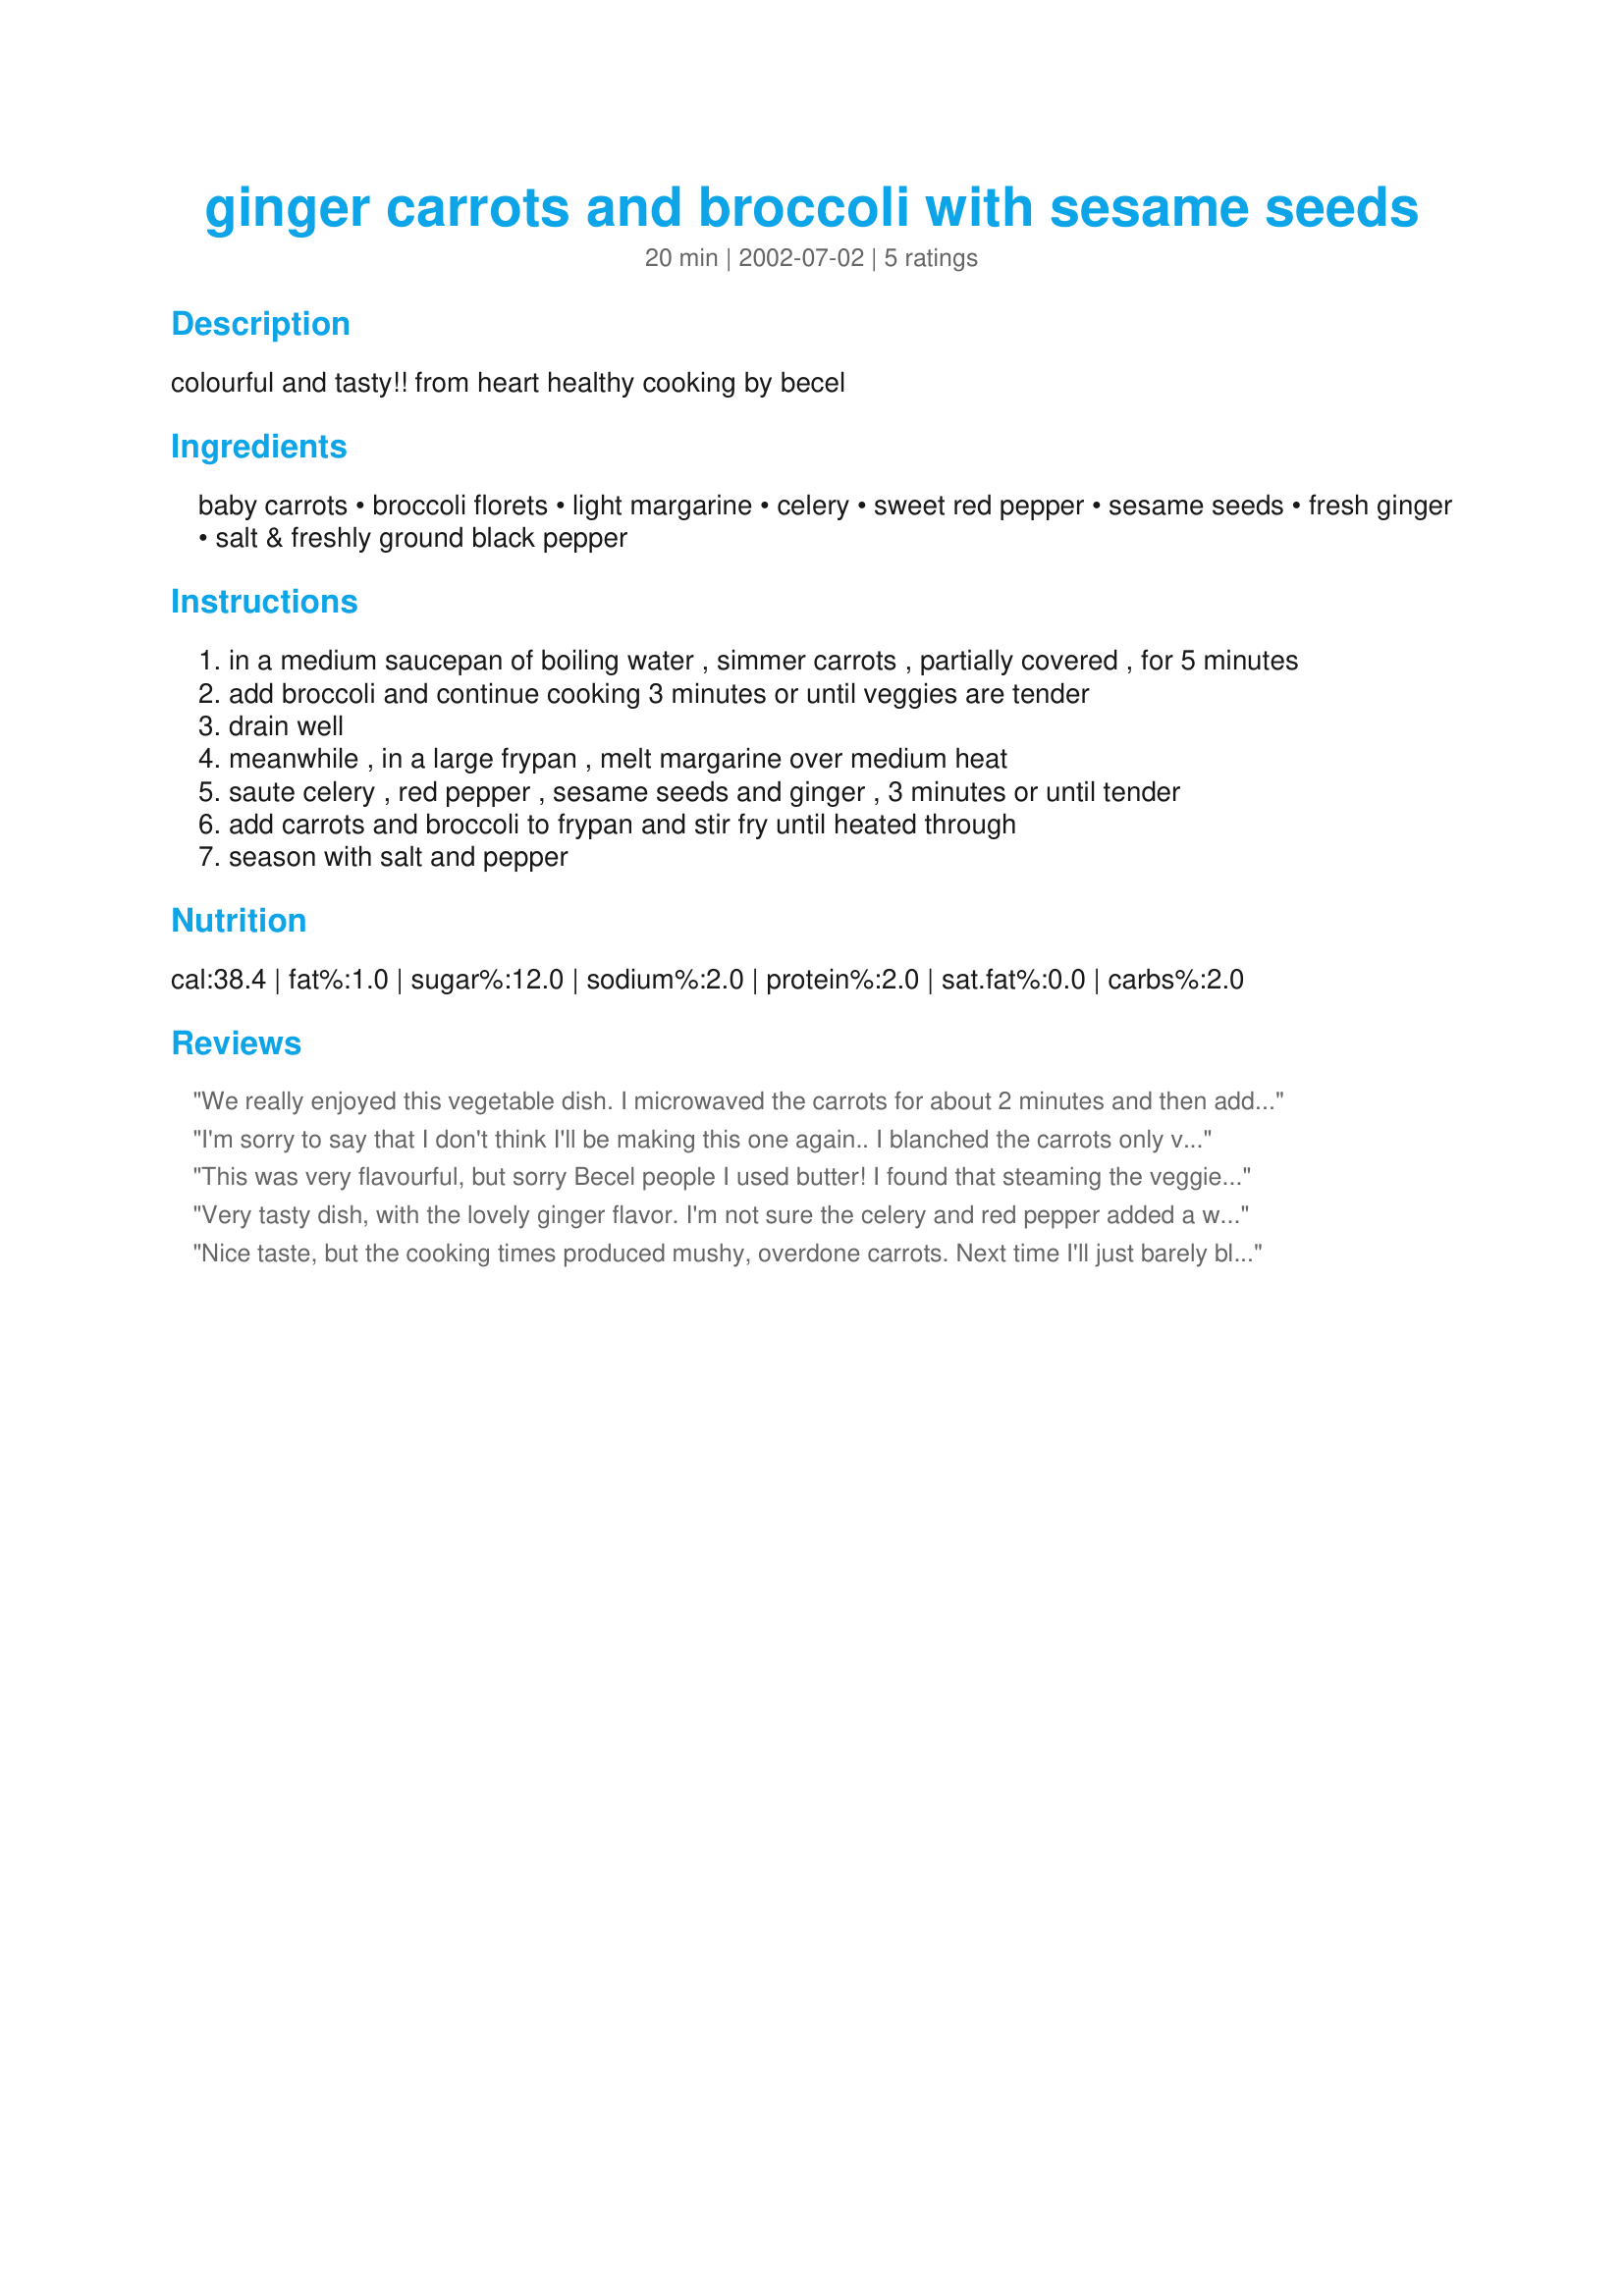
ginger carrots and broccoli with sesame seeds
Preparation time: 20 minutes

colourful and tasty!! from heart healthy cooking by becel

Ingredients:
baby carrots, broccoli florets, light margarine, celery, sweet red pepper, sesame seeds, fresh ginger, salt & freshly ground black pepper

Steps:
in a medium saucepan of boiling water , simmer carrots , partially covered , for 5 minutes
add broccoli and continue cooking 3 minutes or until veggies are tender
drain well
meanwhile , in a large frypan , melt margarine over medium heat
saute celery , red pepper , sesame seeds and ginger , 3 minutes or until tender
add carrots and broccoli to frypan and stir fry until heated through
season with salt and pepper

Reviews:
We really enjoyed this vegetable dish. I microwaved the carrots for about 2 minutes and then added to the broccoli and steamed until broccoli was crisp tender. The seasame seeds were reduced by about half. I enjoyed the crunch of the celery.
I'm sorry to say that I don't think I'll be making this one again..
I blanched the carrots only very slightly like one other reviewer suggested and they still took FOREVER, my other vegetables were done FAR longer than the carrots, by the end they were still hard after being sauteed for quite a while, so I just omitted them completely because the rest of my dinner was ready.
I would recommend boiling the carrots for much longer, at least until they are tender.
This was very flavourful, but sorry Becel people I used butter! I found that steaming the veggies until they were tender crisp produced good results.
Very tasty dish, with the lovely ginger flavor. I'm not sure the celery and red pepper added a whole lot, I think you could do it with just the carrots and broccoli.

A note on the pre-cooking of the carrots -- if you like the carrots on the softer side (as opposed to crunchy) I steamed them for 20 minutes before I stir fried them with the broccoli. I steamed the broccoli for 6 minutes before stir frying. The carrots really do take that long -- I kept checking them and they weren't soft enough for a fork to prick them easily until 20 minutes of steaming. I used the peeled baby carrots and I left them whole.
Nice taste, but the cooking times produced mushy, overdone carrots. Next time I'll just barely blanche them.
